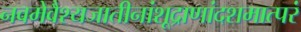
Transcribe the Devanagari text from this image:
नवमेवैश्यजातीनांशूद्राणांदशमात्परं